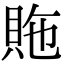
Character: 䝯